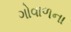
ગોવાળના